Problem: 9 × 2 = ?
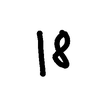
Handwritten answer: 18